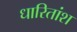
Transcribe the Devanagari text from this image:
धारितांश